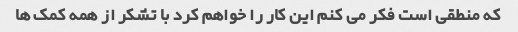
که منطقی است فکر می کنم این کار را خواهم کرد با تشکر از همه کمک ها